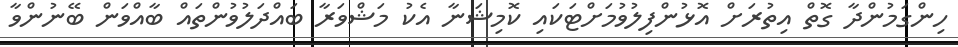
ހިންގަމުންދާ ގޮތް އިތުރަށް އޮޅުންފިލުވުމަށްޓަކައި ކޮމިޝަނާ އެކު މަޝްވަރާ ބައްދަލުވުންތައް ބާއްވަން ބޭނުންވާ